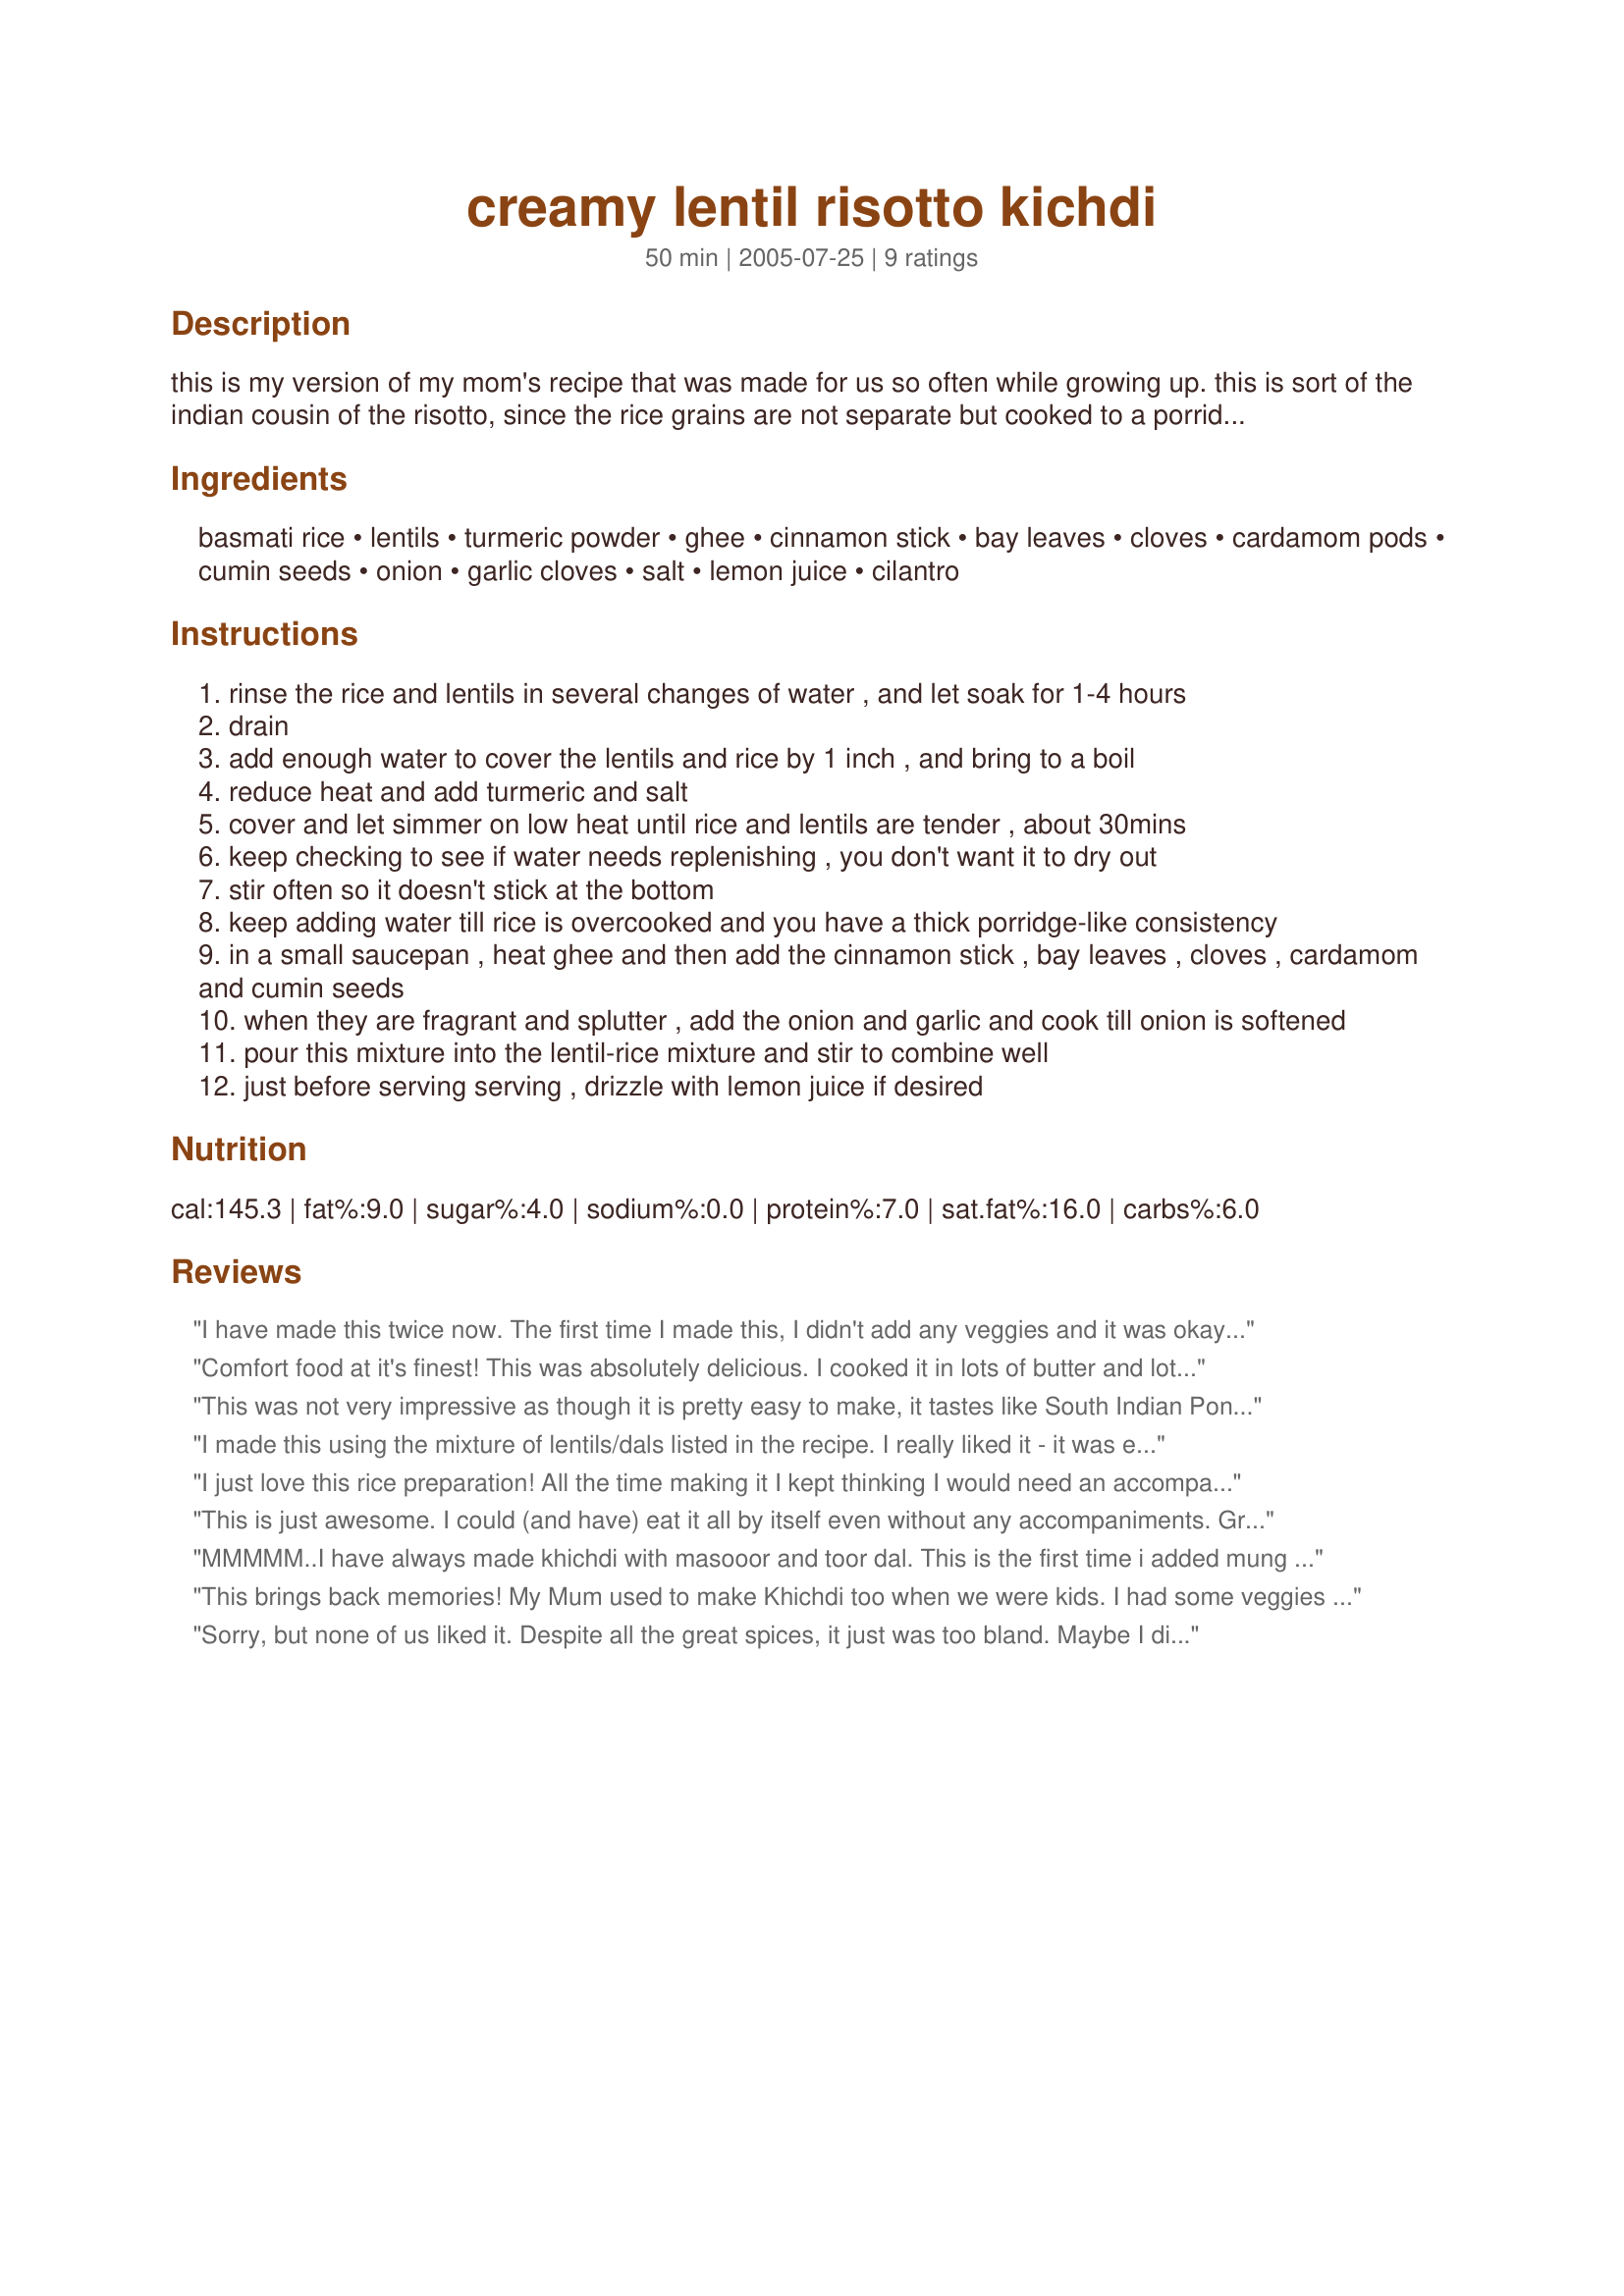
creamy lentil risotto kichdi
Preparation time: 50 minutes

this is my version of my mom's recipe that was made for us so often while growing up. this is sort of the indian cousin of the risotto, since the rice grains are not separate but cooked to a porridge-like consistency. it is immensely flavorful even in the simple version i have written, but you can make a heartier version by adding extra veggies to it too. my mom used to add carrots, potatoes, and peas to it sometimes. it's delicious with pickles or a simple vegetable curry, but can be eaten by itself with a dab of butter to make it even more creamy. you'll find there is nothing too distinctive about the ingredients in this recipe, but the technique of cooking is what makes this dish decidedly different from regular pilafs etc.

Ingredients:
basmati rice, lentils, turmeric powder, ghee, cinnamon stick, bay leaves, cloves, cardamom pods, cumin seeds, onion, garlic cloves, salt, lemon juice, cilantro

Steps:
rinse the rice and lentils in several changes of water , and let soak for 1-4 hours
drain
add enough water to cover the lentils and rice by 1 inch , and bring to a boil
reduce heat and add turmeric and salt
cover and let simmer on low heat until rice and lentils are tender , about 30mins
keep checking to see if water needs replenishing , you don't want it to dry out
stir often so it doesn't stick at the bottom
keep adding water till rice is overcooked and you have a thick porridge-like consistency
in a small saucepan , heat ghee and then add the cinnamon stick , bay leaves , cloves , cardamom and cumin seeds
when they are fragrant and splutter , add the onion and garlic and cook till onion is softened
pour this mixture into the lentil-rice mixture and stir to combine well
just before serving serving , drizzle with lemon juice if desired

Reviews:
I have made this twice now. The first time I made this, I didn't add any veggies and it was okay, but not outstanding. This time, I added carrots, potatoes, and peas (peas at the very last second) and it was wonderful. I didn't grow up eating Indian food, so I can't compare it to other dishes, but I love lentils and am always looking for new ways to prepare them.
Comfort food at it's finest! This was absolutely delicious. I cooked it in lots of butter and lots of water so that it was really mushy. Before serving I stirred in more melted butter just to make it a bit richer. I left out the cloves because I'm not too keen on them. Thanks Varsha for reminding me just why I love Khichdi so much :)
This was not very impressive as though it is pretty easy to make, it tastes like South Indian Pongal. The only extra addition is the whole spices which actually does not go well with moong dal in anyway. Sorry for the 2 stars, but I guess it will go down well with people who have not tasted Pongal but not for the real South Indian food afficondos.
I made this using the mixture of lentils/dals listed in the recipe. I really liked it - it was easy to make and had a lot of flavour for so few ingredients. I added some broccoli florets to the rice mixture near the end of it's cooking time. Thanks Varsha!
I just love this rice preparation! All the time making it I kept thinking I would need an accompaniment with it, but I added some potatoes and carrots as per your suggestion and it was excellent as is, I kept eating. The hint about adding butter is a bit wicked though, since I added more than a "dab". Much easier to make than it looks too.
This is just awesome. I could (and have) eat it all by itself even without any accompaniments. Growing up in south India, I was not familiar with this dish till now - but it's my favorite Indian rice dish now!
MMMMM..I have always made khichdi with masooor and toor dal. This is the first time i added mung and it was really really melt-in-your-mouth comfort food!
This brings back memories! My Mum used to make Khichdi too when we were kids. I had some veggies (carrots and cauliflowers) in a bowl on the side that I wanted to add in the last 10-15 mins of the cooking time, which I forgot about. So I had to add in some more water for the veggies which made it super mushy! It's completely my fault. But it tasted great nevertheless! And my DD loved it too! Thank you, eatrealfood, for sharing this wonderful recipe, I will definitely be making it again! :)
Sorry, but none of us liked it. Despite all the great spices, it just was too bland. Maybe I did something wrong....
